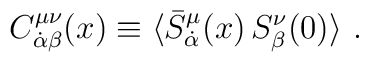
C^{\mu\nu}_{\dot{\alpha}\beta}(x)\equiv\langle \bar{S}^{\mu}_{\dot{\alpha}} (x) \, S^{\nu}_{\beta}(0)\rangle \ .